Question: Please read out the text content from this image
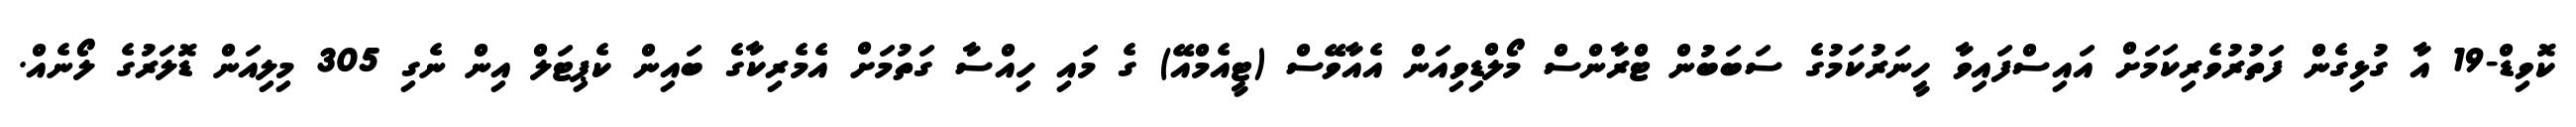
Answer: ކޮވިޑް-19 އާ ގުޅިގެން ފަތުރުވެރިކަމަށް އައިސްފައިވާ ހީނަރުކަމުގެ ސަބަބުން ޓްރާންސް މޯލްޑިވިއަން އެއާވޭސް (ޓީއެމްއޭ) ގެ މައި ހިއްސާ ގަތުމަށް އެމެރިކާގެ ބައިން ކެޕިޓަލް އިން ނެގި 305 މިލިއަން ޑޮލަރުގެ ލޯނެއް.